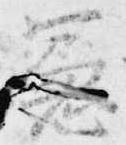
憲